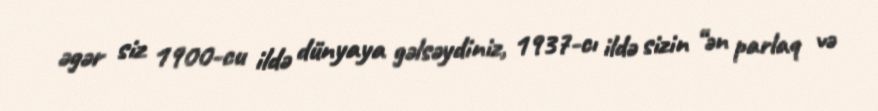
əgər siz 1900-cu ildə dünyaya gəlsəydiniz, 1937-cı ildə sizin “ən parlaq və